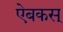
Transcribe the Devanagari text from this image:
ऐबकस्